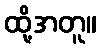
ထို့အတူ။